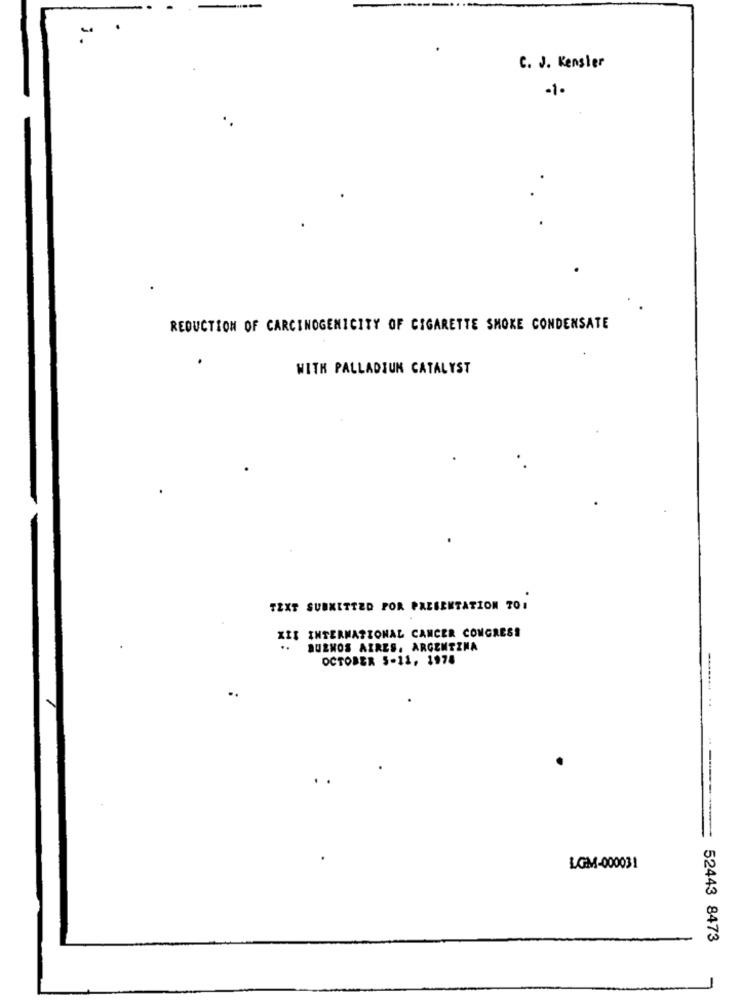
C. J. Kensler
-1.
REDUCTION OF CARCINOGENICITY OF CIGARETTE SMOKE CONDENSATE
WITH PALLADIUM CATALYST
TEXT SUBMITTED FOR PRESENTATION TO.
XIX INTERNATIONAL CANCER CONGRESS
BUENOS AIRES, ARGENTINA
OCTOBER 5-11, 1978
-....... ..
LGM-000031
52443 8473